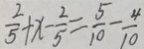
\frac { 2 } { 5 } + x - \frac { 2 } { 5 } = \frac { 5 } { 1 0 } - \frac { 4 } { 1 0 }